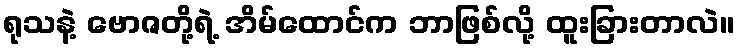
ရုသနဲ့ ဗောဇတို့ရဲ့ အိမ်ထောင်က ဘာဖြစ်လို့ ထူးခြားတာလဲ။